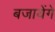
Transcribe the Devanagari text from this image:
बजायेंगे